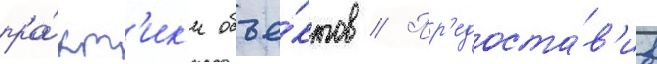
пра́кт'ик'и объе́ктов // Пр'едоста́в'ив